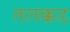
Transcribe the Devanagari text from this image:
तलक्कड